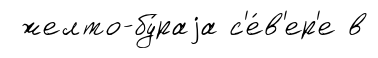
желто-бу́раjа с'е́в'ер'е в